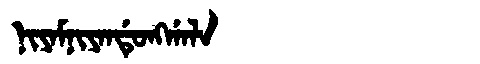
Manchu: ᠨᡳᠶᠠᠮᠨᡳᠶᠠᠨᡩᡠᠩᡤᠠᠯᠠ
Romanization: NIYAMNIYANDUNGGALA